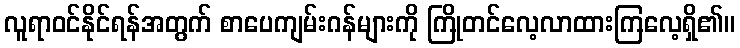
လူရာဝင်နိုင်ရန်အတွက် စာပေကျမ်းဂန်များကို ကြိုတင်လေ့လာထားကြလေ့ရှိ၏။